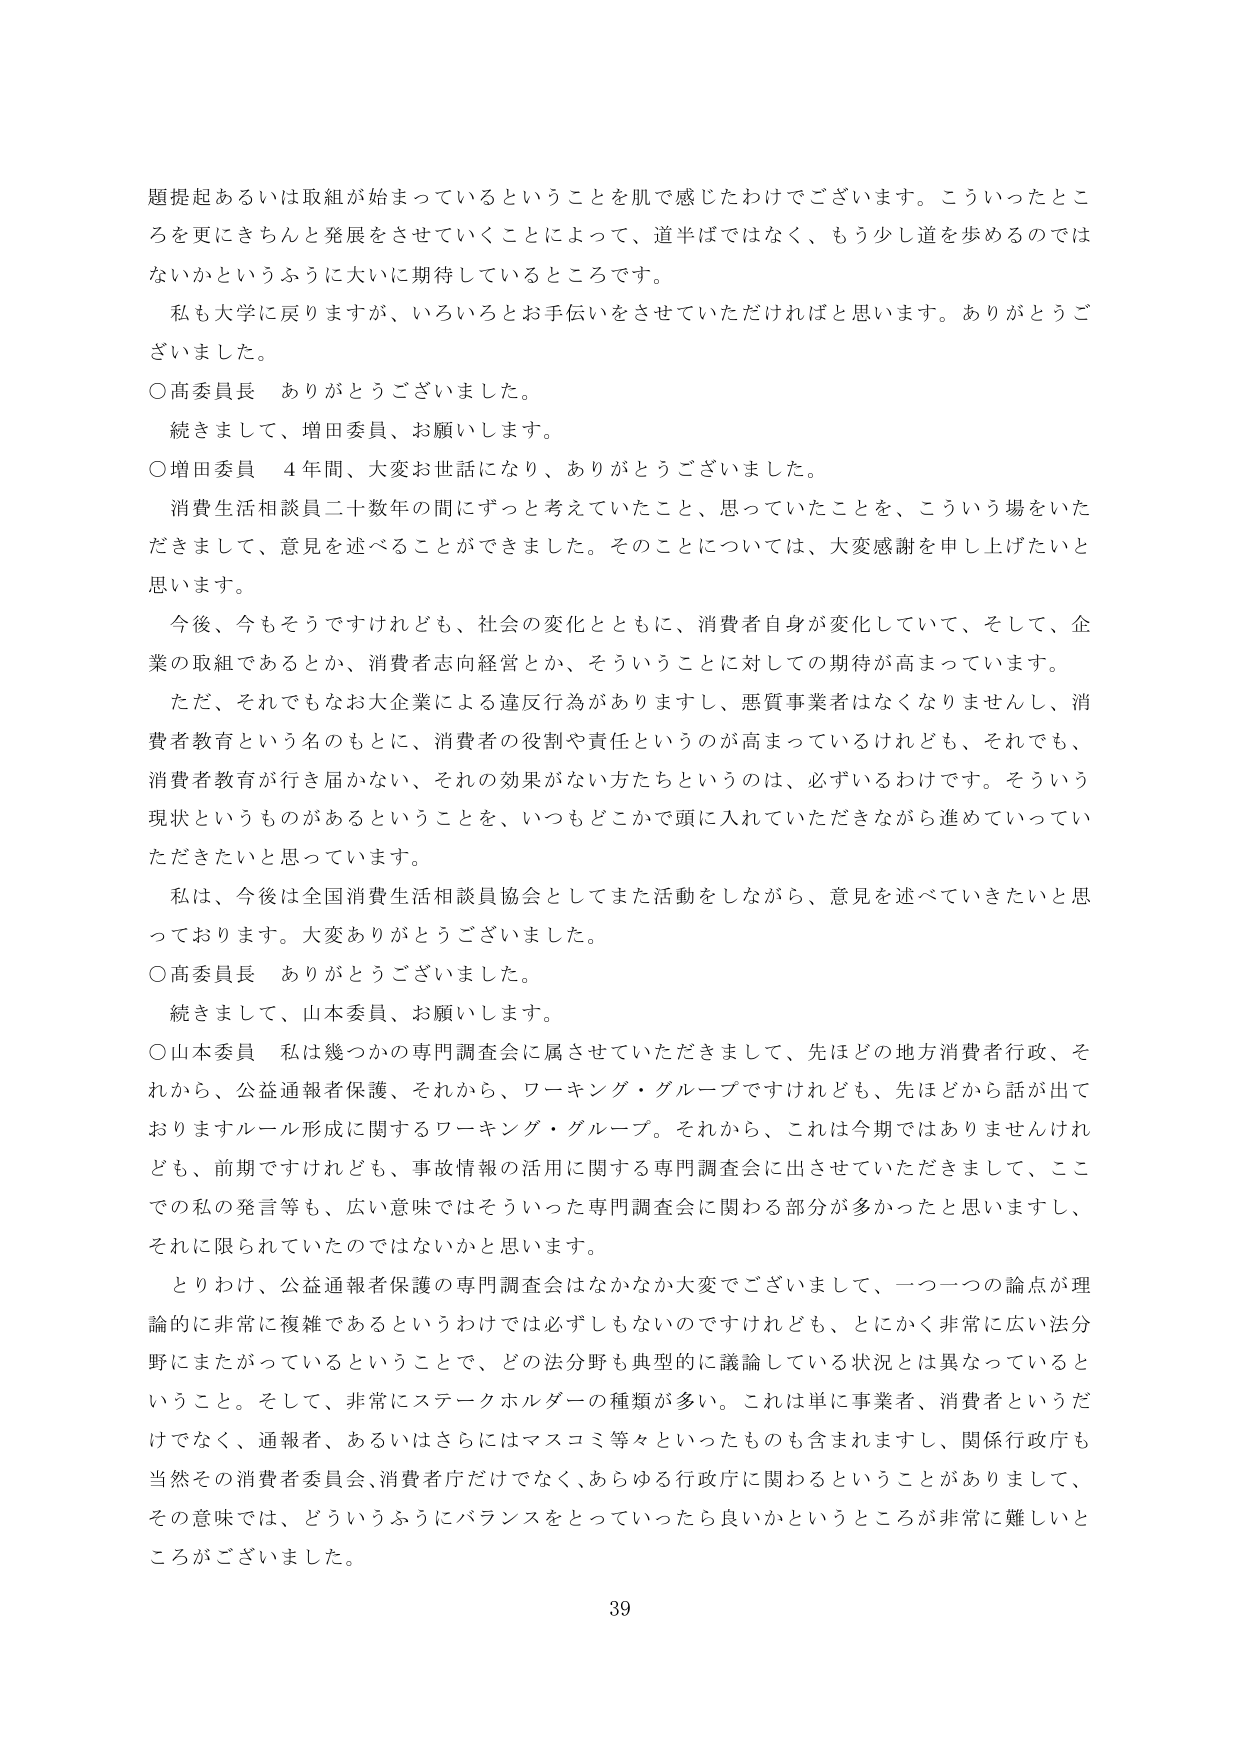
題提起あるいは取組が始まっているということを肌で感じたわけでございます。こういったところを更にきちんと発展をさせていくことによって、道半ばではなく、もう少し道を歩めるのではないかというふうに大いに期待しているところです。

私も大学に戻りますが、いろいろとお手伝いをさせていただければと思います。ありがとうございました。

○高委員長　ありがとうございました。

続きまして、増田委員、お願いします。

○増田委員　４年間、大変お世話になり、ありがとうございました。

消費生活相談員二十数年の間にずっと考えていたこと、思っていたことを、こういう場をいただきまして、意見を述べることができました。そのことについては、大変感謝を申し上げたいと思います。

今後、今もそうですけれども、社会の変化とともに、消費者自身が変化していて、そして、企業の取組であるとか、消費者志向経営とか、そういうことに対しての期待が高まっています。

ただ、それでもなお大企業による違反行為がありますし、悪質事業者はなくなりませんし、消費者教育という名のもとに、消費者の役割や責任というのが高まっているけれども、それでも、消費者教育が行き届かない、それの効果がない方たちというのは、必ずいるわけです。そういう現状というものがあるということを、いつもどこかで頭に入れていただきながら進めていっていただきたいと思っています。

私は、今後は全国消費生活相談員協会としてまた活動をしながら、意見を述べていきたいと思っております。大変ありがとうございました。

○高委員長　ありがとうございました。

続きまして、山本委員、お願いします。

○山本委員　私は幾つかの専門調査会に属させていただきまして、先ほどの地方消費者行政、それから、公益通報者保護、それから、ワーキング・グループですけれども、先ほどから話が出ておりますルール形成に関するワーキング・グループ。それから、これは今期ではありませんけれども、前期ですけれども、事故情報の活用に関する専門調査会に出させていただきまして、ここでの私の発言等も、広い意味ではそういった専門調査会に関わる部分が多かったと思いますし、それに限られていたのではないかと思います。

とりわけ、公益通報者保護の専門調査会はなかなか大変でございまして、一つ一つの論点が理論的に非常に複雑であるというわけでは必ずしもないのですけれども、とにかく非常に広い法分野にまたがっているということで、どの法分野も典型的に議論している状況とは異なっているということ。そして、非常にステークホルダーの種類が多い。これは単に事業者、消費者というだけではなく、通報者、あるいはさらにはマスコミ等々といったものも含まれますし、関係行政庁も当然その消費者委員会、消費者庁だけでなく、あらゆる行政庁に関わるということがありまして、その意味では、どういうふうにバランスをとっていったら良いかというところが非常に難しいところがございました。

39